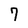
Character: 7